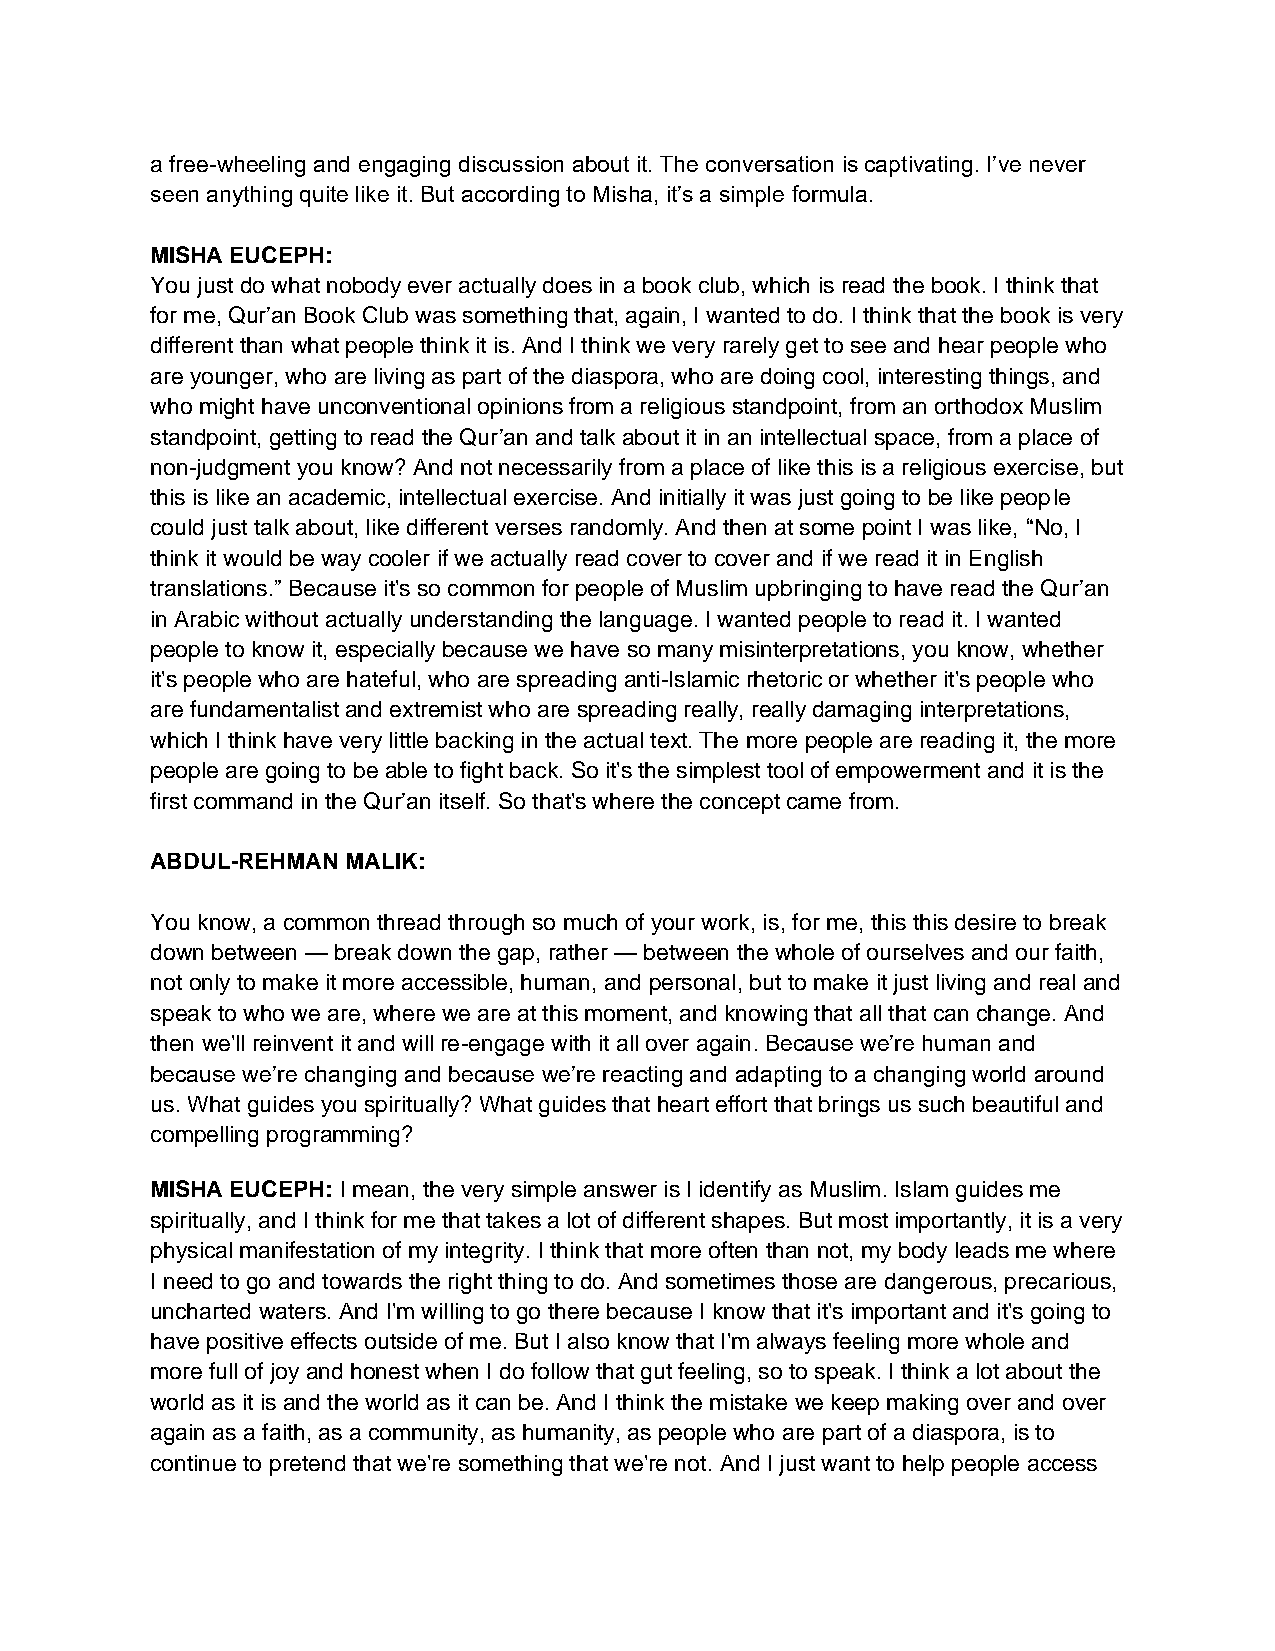
a free-wheeling and engaging discussion about it. The conversation is captivating. I’ve never
 seen anything quite like it. But according to Misha, it’s a simple formula.
 MISHA EUCEPH:
 You just do what nobody ever actually does in a book club, which is read the book. I think that
 for me, Qur’an Book Club was something that, again, I wanted to do. I think that the book is very
 different than what people think it is. And I think we very rarely get to see and hear people who
 are younger, who are living as part of the diaspora, who are doing cool, interesting things, and
 who might have unconventional opinions from a religious standpoint, from an orthodox Muslim
 standpoint, getting to read the Qur’an and talk about it in an intellectual space, from a place of
 non-judgment you know? And not necessarily from a place of like this is a religious exercise, but
 this is like an academic, intellectual exercise. And initially it was just going to be like people
 could just talk about, like different verses randomly. And then at some point I was like, “No, I
 think it would be way cooler if we actually read cover to cover and if we read it in English
 translations.” Because it's so common for people of Muslim upbringing to have read the Qur’an
 in Arabic without actually understanding the language. I wanted people to read it. I wanted
 people to know it, especially because we have so many misinterpretations, you know, whether
 it's people who are hateful, who are spreading anti-Islamic rhetoric or whether it's people who
 are fundamentalist and extremist who are spreading really, really damaging interpretations,
 which I think have very little backing in the actual text. The more people are reading it, the more
 people are going to be able to fight back. So it's the simplest tool of empowerment and it is the
 first command in the Qur’an itself. So that's where the concept came from.
 ABDUL-REHMAN MALIK:
 You know, a common thread through so much of your work, is, for me, this this desire to break
 down between — break down the gap, rather — between the whole of ourselves and our faith,
 not only to make it more accessible, human, and personal, but to make it just living and real and
 speak to who we are, where we are at this moment, and knowing that all that can change. And
 then we'll reinvent it and will re-engage with it all over again. Because we’re human and
 because we’re changing and because we’re reacting and adapting to a changing world around
 us. What guides you spiritually? What guides that heart effort that brings us such beautiful and
 compelling programming?
 MISHA EUCEPH: I mean, the very simple answer is I identify as Muslim. Islam guides me
 spiritually, and I think for me that takes a lot of different shapes. But most importantly, it is a very
 physical manifestation of my integrity. I think that more often than not, my body leads me where
 I need to go and towards the right thing to do. And sometimes those are dangerous, precarious,
 uncharted waters. And I'm willing to go there because I know that it's important and it's going to
 have positive effects outside of me. But I also know that I'm always feeling more whole and
 more full of joy and honest when I do follow that gut feeling, so to speak. I think a lot about the
 world as it is and the world as it can be. And I think the mistake we keep making over and over
 again as a faith, as a community, as humanity, as people who are part of a diaspora, is to
 continue to pretend that we're something that we're not. And I just want to help people access